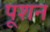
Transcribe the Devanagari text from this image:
पूशन